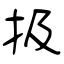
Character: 扱